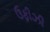
ઉફીઝી